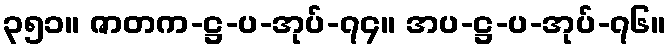
၃၅၁။ ဇာတက-ဋ္ဌ-ပ-အုပ်-၇၄။ အပ-ဋ္ဌ-ပ-အုပ်-၇၆။